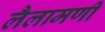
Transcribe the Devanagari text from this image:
लैलामणी